Leaving Certificate, 1888
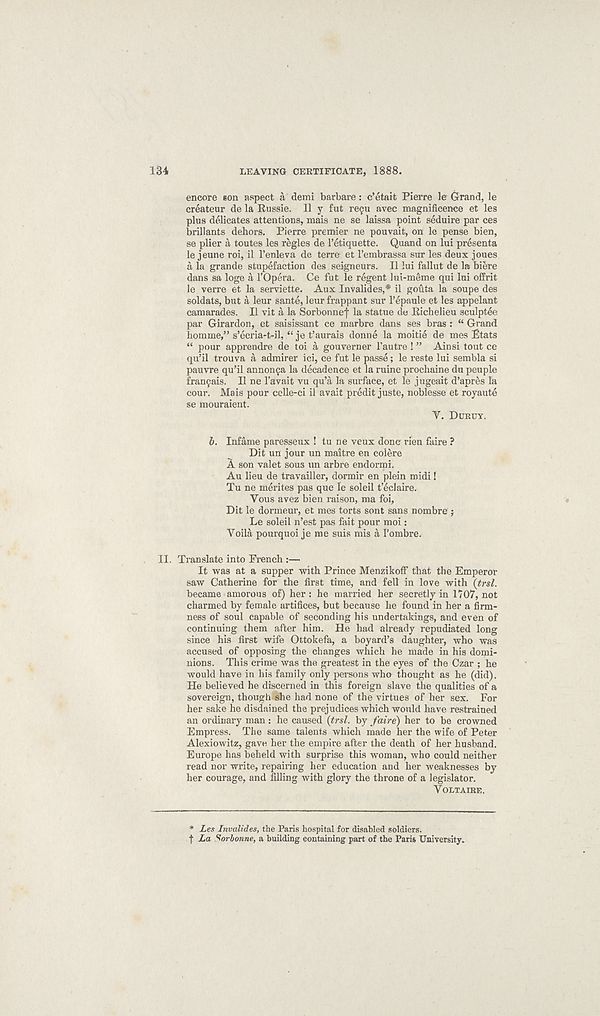
134
LEAVING CERTIFICATE, 1888.
encore son aspect a demi barbare: c’etait Pierre le Grand, le
createur de la Russie. II y fut re^u avec magnificence et les
plus delicates attentions, mais ne se laissa point seduire par ces
brillants dehors. Pierre premier ne pouvait, on le pense bien,
se plier a toutes les regies de I’etiquette. Quand on lui presenta
le jeune roi, il I’enleva de terre et I’embrassa sur les deux joues
a la grande stupefaction des seigneurs. II lui fallut de la biere
dans sa loge a 1’Opera. Ce fut le regent lui-meme qui lui offrit
le verre et la serviette. Aux Invalides, # il gouta la soupe des
soldats, but a leur sante, leur frappant sur I’epaule et les appelant
camarades. Il vit a la Sorbonnef la statue de Richelieu sculptee
par Girardon, et saisissant ce marbre dans ses bras : “ Grand
homme,” s’ecria-t-il, “ je t’aurais donne la moitie de mes Etats
“ pour apprendre de toi a gouverner I’autre ! ” Ainsi tout ce
qu’il trouva a admirer ici, ce fut le passe; le reste lui sembla si
pauvre qu’il annon^a la decadence et la ruine prochaine du peuple
frantjiais. Il ne 1’avait vu qu’a la surface, et le jugeait d’apres la
cour. Mais pour celle-ci il avait predit juste, noblesse et royaute
se mouraient.
T. DURUY.
b. Infame paresseux ! tu ne veux done rien faire ?
Dit un jour un maitre en colere
A son valet sous un arbre endormi.
Au lieu de travailler, dormir en plein midi!
Tu ne merites pas que le soleil teclaire.
Yous avez bien raison, ma foi,
Dit le dormeur, et mes torts sont sans nombre ;
Le soleil n’est pas fait pour moi:
Voila pourquoi je me suis mis a I’ombre.
II. Translate into French :—
It was at a supper with Prince Menzikoff that the Emperor
saw Catherine for the first time, and fell in love with (trsl.
became amorous of) her: he married her secretly in 1707, not
charmed by female artifices, but because he found in her a firm-
ness of soul capable of seconding his undertakings, and even of
continuing them after him. He had already repudiated long
since his first wife Ottokefa, a boyard’s daughter, who was
accused of opposing the changes which he made in his domi-
nions. This crime was the greatest in the eyes of the Czar ; he
would have in his family only persons who thought as he (did).
He believed he discerned in this foreign slave the qualities of a
sovereign, though she had none of the virtues of her sex. For
her sake he disdained the prejudices which would have restrained
an ordinary man: he caused {trsl. by faire) her to be crowned
Empress. The same talents which made her the wife of Peter
Alexiowitz, gave her the empire after the death of her husband.
Europe has beheld with surprise this woman, who could neither
read nor write, repairing her education and her weaknesses by
her courage, and filling with glory the throne of a legislator.
VOLTAIRE.
* Les Invalides, the Paris hospital for disabled soldiers,
f La Sorbonne, a building containing part of the Paris University.